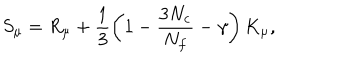
LaTeX: S _ { \mu } = R _ { \mu } + \frac { 1 } { 3 } \left( 1 - \frac { 3 N _ { c } } { N _ { f } } - \gamma \right) K _ { \mu } ,